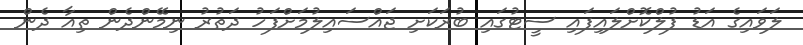
ލަވައިގެ އަޑު ފުލްކޮށްލައިފައި ސީޓުގައި ބުރަކަށި ޖައްސައިލުމަށްފަހު ދަތުރު ނިމޭންދެން ތިއާ ދެން